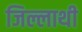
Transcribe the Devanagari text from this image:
जिल्लाथी